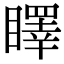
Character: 䁺